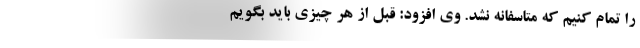
را تمام کنیم که متاسفانه نشد. وی افزود: قبل از هر چیزی باید بگویم